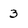
Character: 3